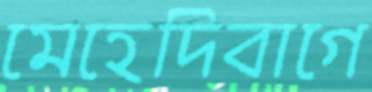
মেহেদিবাগে